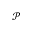
\mathcal { P }